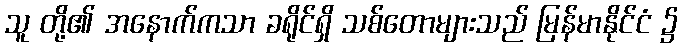
သူ တို့၏ အနောက်ကသာ ခရိုင်ရှိ သစ်တောများသည် မြန်မာနိုင်ငံ ၌